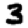
Digit: 3